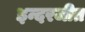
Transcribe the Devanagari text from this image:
इन्दरजीत